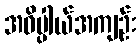
အဓိပ္ပါယ်အကျဉ်း